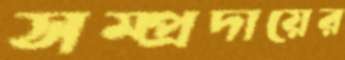
সম্প্রদায়ের